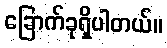
ခြောက်ခုရှိပါတယ်။